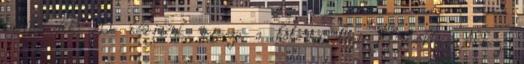
tanúskodik: De térjünk vissza a katonai légi folyosókhoz Ahhoz,